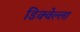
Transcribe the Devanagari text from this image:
डिक्वेल्ला